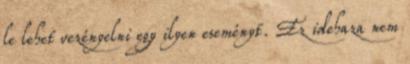
le lehet vezényelni egy ilyen eseményt. Ez idehaza nem